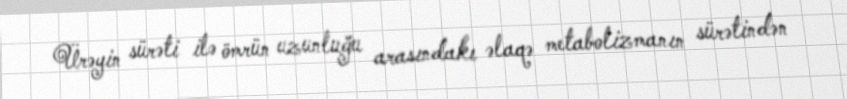
Ürəyin sürəti ilə ömrün uzunluğu arasındakı əlaqə metabolizmanın sürətindən